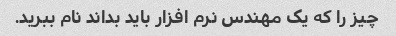
چیز را که یک مهندس نرم افزار باید بداند نام ببرید.